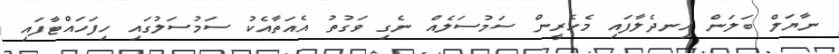
ނާޔަލް ބަލަން އިނދެލާފައި މެހެރީން ސަމުސަލެއް ނެގި ވަގުތު އެއަތާއެކު ސަމުސަލުގައި ހިފަހައްޓާފައި